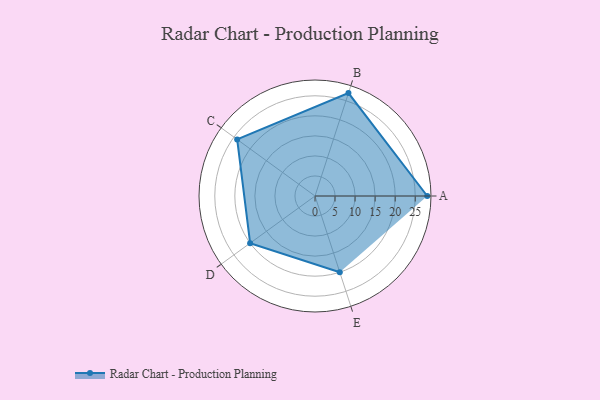
{"axis": {"x": "Skill", "y": "Score"}, "legend": ["Profile"], "data": [{"x": "A", "y": 28.0, "type": "Profile"}, {"x": "B", "y": 27.0, "type": "Profile"}, {"x": "C", "y": 24.0, "type": "Profile"}, {"x": "D", "y": 20.0, "type": "Profile"}, {"x": "E", "y": 20, "type": "Profile"}]}